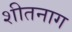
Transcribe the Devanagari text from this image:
शीतनाग